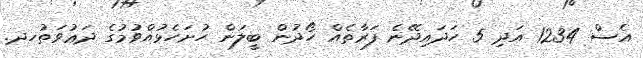
އެސް 1234 އަދި 5 ހަދައިދޭނެ ފަރާތެއް ހޯދުން ބީލަން ހުށަހެޅުއްވުމުގެ ދަޢުވަތުހދ.